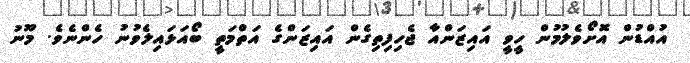
އުއްޑުން އޮށޯވެލުމުން ހީވީ އައިޒަންއާ ޖެހިފިތިގެން އައިޒަންގެ އަތްމަތީ ބޯއަޅައިލެވުނު ހެންނެވެ. މޫނު